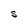
Character: S